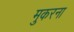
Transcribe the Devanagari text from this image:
मुकरना